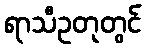
ရာသီဥတုတွင်